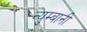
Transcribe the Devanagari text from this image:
न्युम्बानी